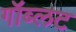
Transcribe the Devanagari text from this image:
गॉब्लट